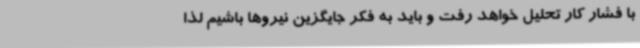
با فشار کار تحلیل خواهد رفت و باید به فکر جایگزین نیروها باشیم لذا